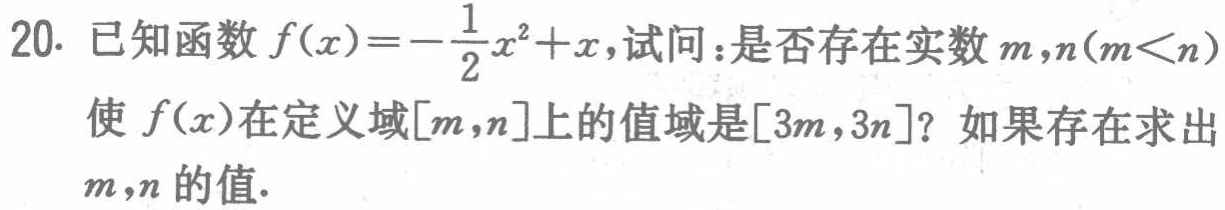
已知函数\(f(x)=-\frac{1}{2}x^{2}+x\)，试问：是否存在实数\(m,n(m < n)\)使\(f(x)\)在定义域\([m,n]\)上的值域是\([3m,3n]\)？如果存在求出\(m,n\)的值.